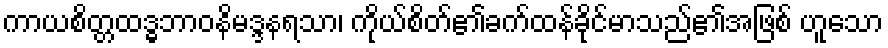
ကာယစိတ္တထဒ္ဓဘာဝနိမဒ္ဒနရသာ၊ ကိုယ်စိတ်၏ခက်ထန်ခိုင်မာသည်၏အဖြစ် ဟူသော